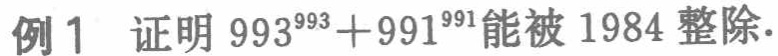
例1 证明 \(993^{993}+991^{991}\) 能被 \(1984\) 整除.